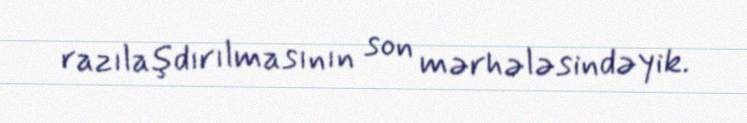
razılaşdırılmasının son mərhələsindəyik.